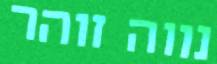
נווה זוהר